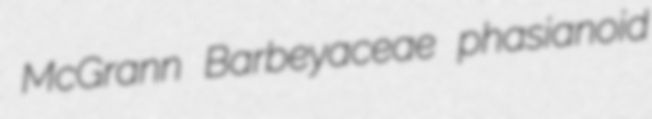
McGrann Barbeyaceae phasianoid